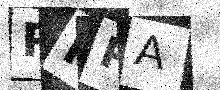
Text: RNPA